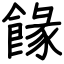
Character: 餯